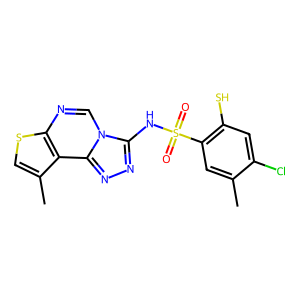
SMILES: Cc1cc(S(=O)(=O)Nc2nnc3c4c(C)csc4ncn23)c(S)cc1Cl
Inhibits HIV replication: No